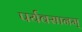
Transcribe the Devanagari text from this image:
पर्यवसानम्